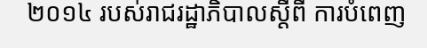
២០១៤ របស់រាជរដ្ឋាភិបាលស្តីពី ការបំពេញ